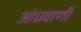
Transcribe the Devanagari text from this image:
आंध्रवाणी